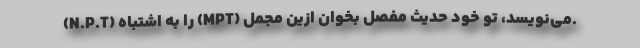
(N.P.T) را به اشتباه (MPT) می‌نویسد، تو خود حدیث مفصل بخوان ازین مجمل.